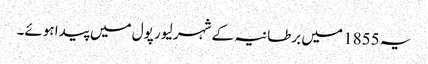
یہ 1855 میں برطانیہ کے شہر لیور پول میں پیدا ہوئے۔